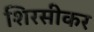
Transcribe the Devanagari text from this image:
शिरसीकर